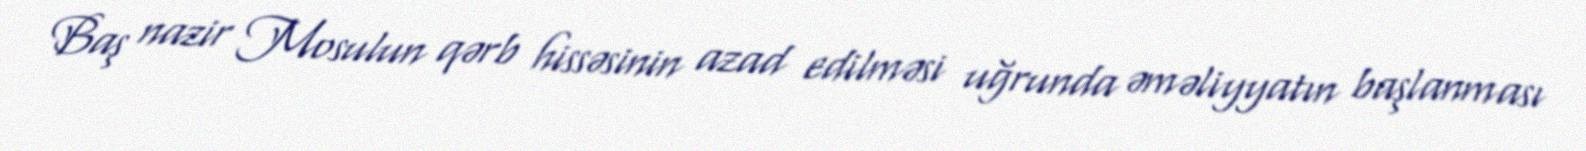
Baş nazir Mosulun qərb hissəsinin azad edilməsi uğrunda əməliyyatın başlanması